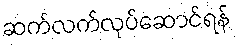
ဆက်လက်လုပ်ဆောင်ရန်